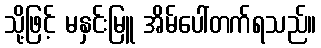
သို့ဖြင့် မနှင်းမြူ အိမ်ပေါ်တက်ရသည်။